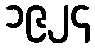
၁၉၂၄